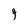
Character: 4